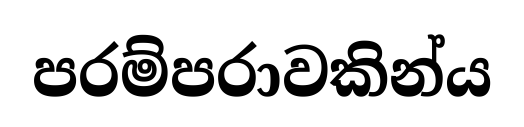
පරම්පරාවකින්ය